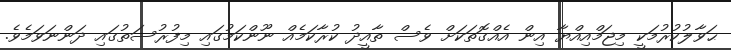
ޙަވާލުކުރުމަކީ މިޖަމްއިއްޔާ އިން އެއްގޮތަކަށް ވެސް ތާއީދު ކުރާކަމެއް ނޫންކަމުގައި މިފުރުސަތުގައި ދަންނަވަމެވެ.